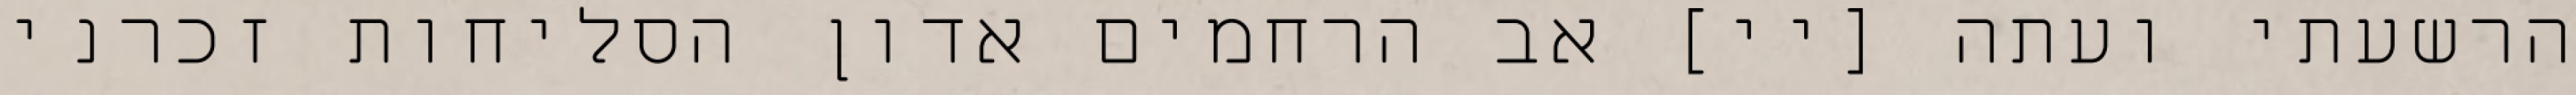
הרשעתי ועתה [יי] אב הרחמים אדון הסליחות זכרני